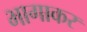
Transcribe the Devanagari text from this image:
भागाकर